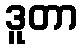
ဒူတာ